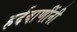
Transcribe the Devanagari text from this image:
हर्दवाणींनी